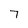
Character: 7